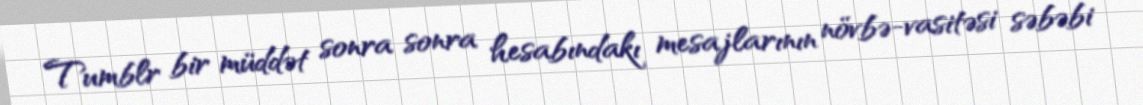
Tumblr bir müddət sonra sonra hesabındakı mesajlarının növbə-vasitəsi səbəbi